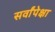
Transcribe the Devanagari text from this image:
सर्वांपेक्षा